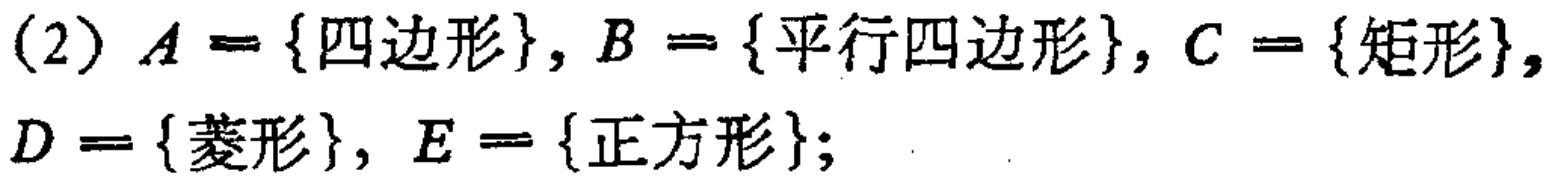
(2) \(A = \{四边形\}, B = \{平行四边形\}, C = \{矩形\}, D = \{菱形\}, E = \{正方形\}\);